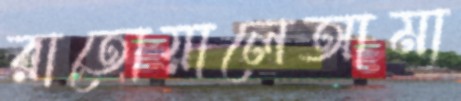
রাতোয়ালেআমা